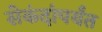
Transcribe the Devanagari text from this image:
सेकंदांपर्यंत